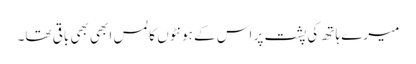
میرے ہاتھ کی پشت پر اس کے ہونٹوں کا لمس ابھی بھی باقی تھا۔